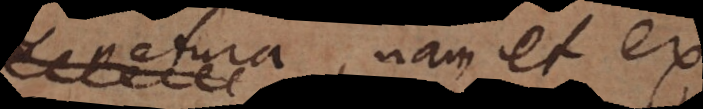
natura, nam et ex